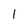
Character: 1